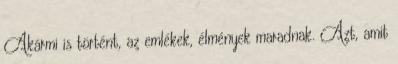
Akármi is történt, az emlékek, élmények maradnak. Azt, amit